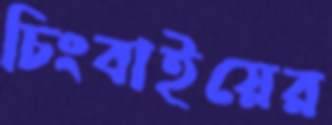
চিংবাইয়ের